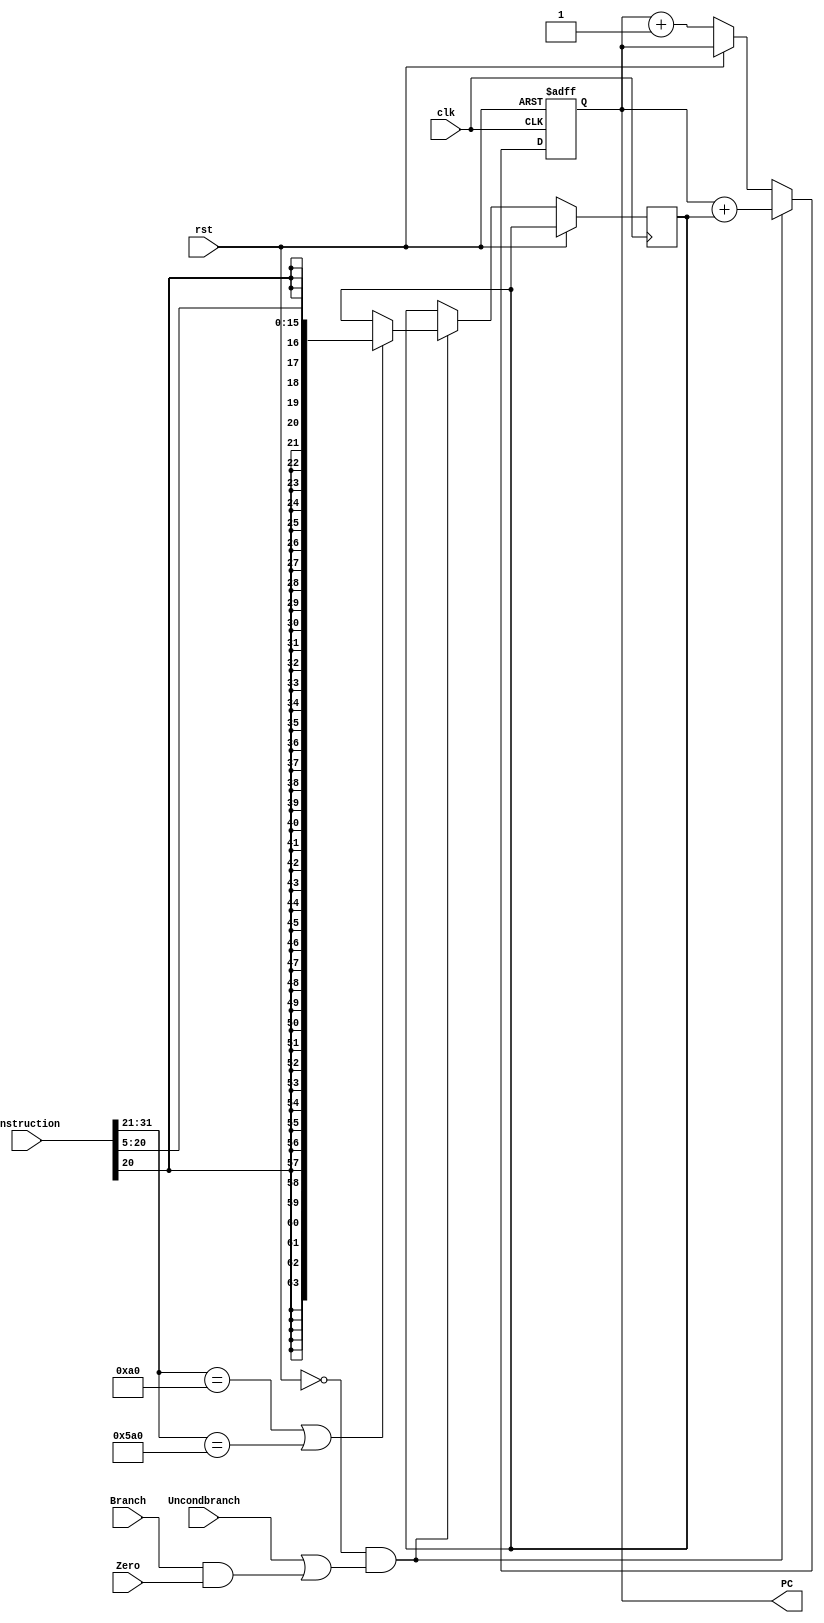
module ProgramCounter(PC, clk, rst, Uncondbranch, Branch, Zero, instruction);
    
    parameter BITSIZE = 64;
    
    input clk, rst, Uncondbranch, Branch, Zero;
    input [31:0] instruction;
    
    reg [63:0] address;
    
    output reg [BITSIZE-1:0] PC;
       
    always @(negedge clk, posedge rst)
    begin
        if ( rst )
            PC = 0;
            
        else if ( rst == 0 && (Uncondbranch==1 || (Branch==1&&Zero==1)))
        begin
            if (instruction[31:21] == 11'h0A0 || instruction[31:21] == 11'h5A0)
                address<=$signed(instruction[20:5]);
            PC <= PC + address;
        end
        
        else if ( rst == 0 )
            PC <= PC + 1;
    end
endmodule